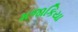
મજાકિયા